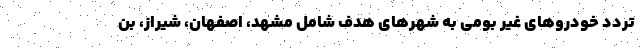
تردد خودروهای غیر بومی به شهرهای هدف شامل مشهد، اصفهان، شیراز، بن